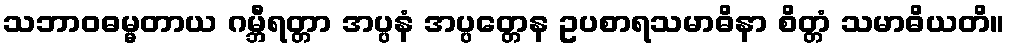
သဘာဝဓမ္မတာယ ဂမ္ဘီရတ္တာ အပ္ပနံ အပ္ပတ္တေန ဥပစာရသမာဓိနာ စိတ္တံ သမာဓိယတိ။